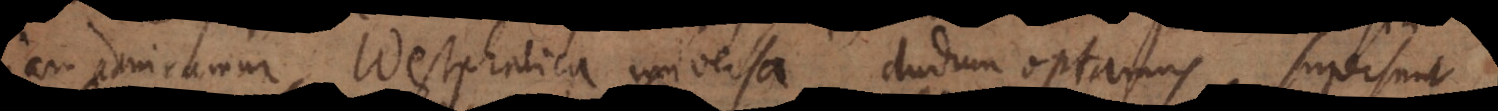
jam admiramur, Westphalica universa dudum optamus. Supersunt